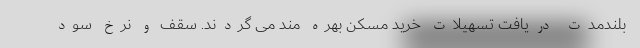
بلندمدت دریافت تسهیلات خرید مسکن بهره مند می گردند. سقف و نرخ سود